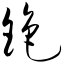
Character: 铯